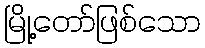
မြို့တော်ဖြစ်သော